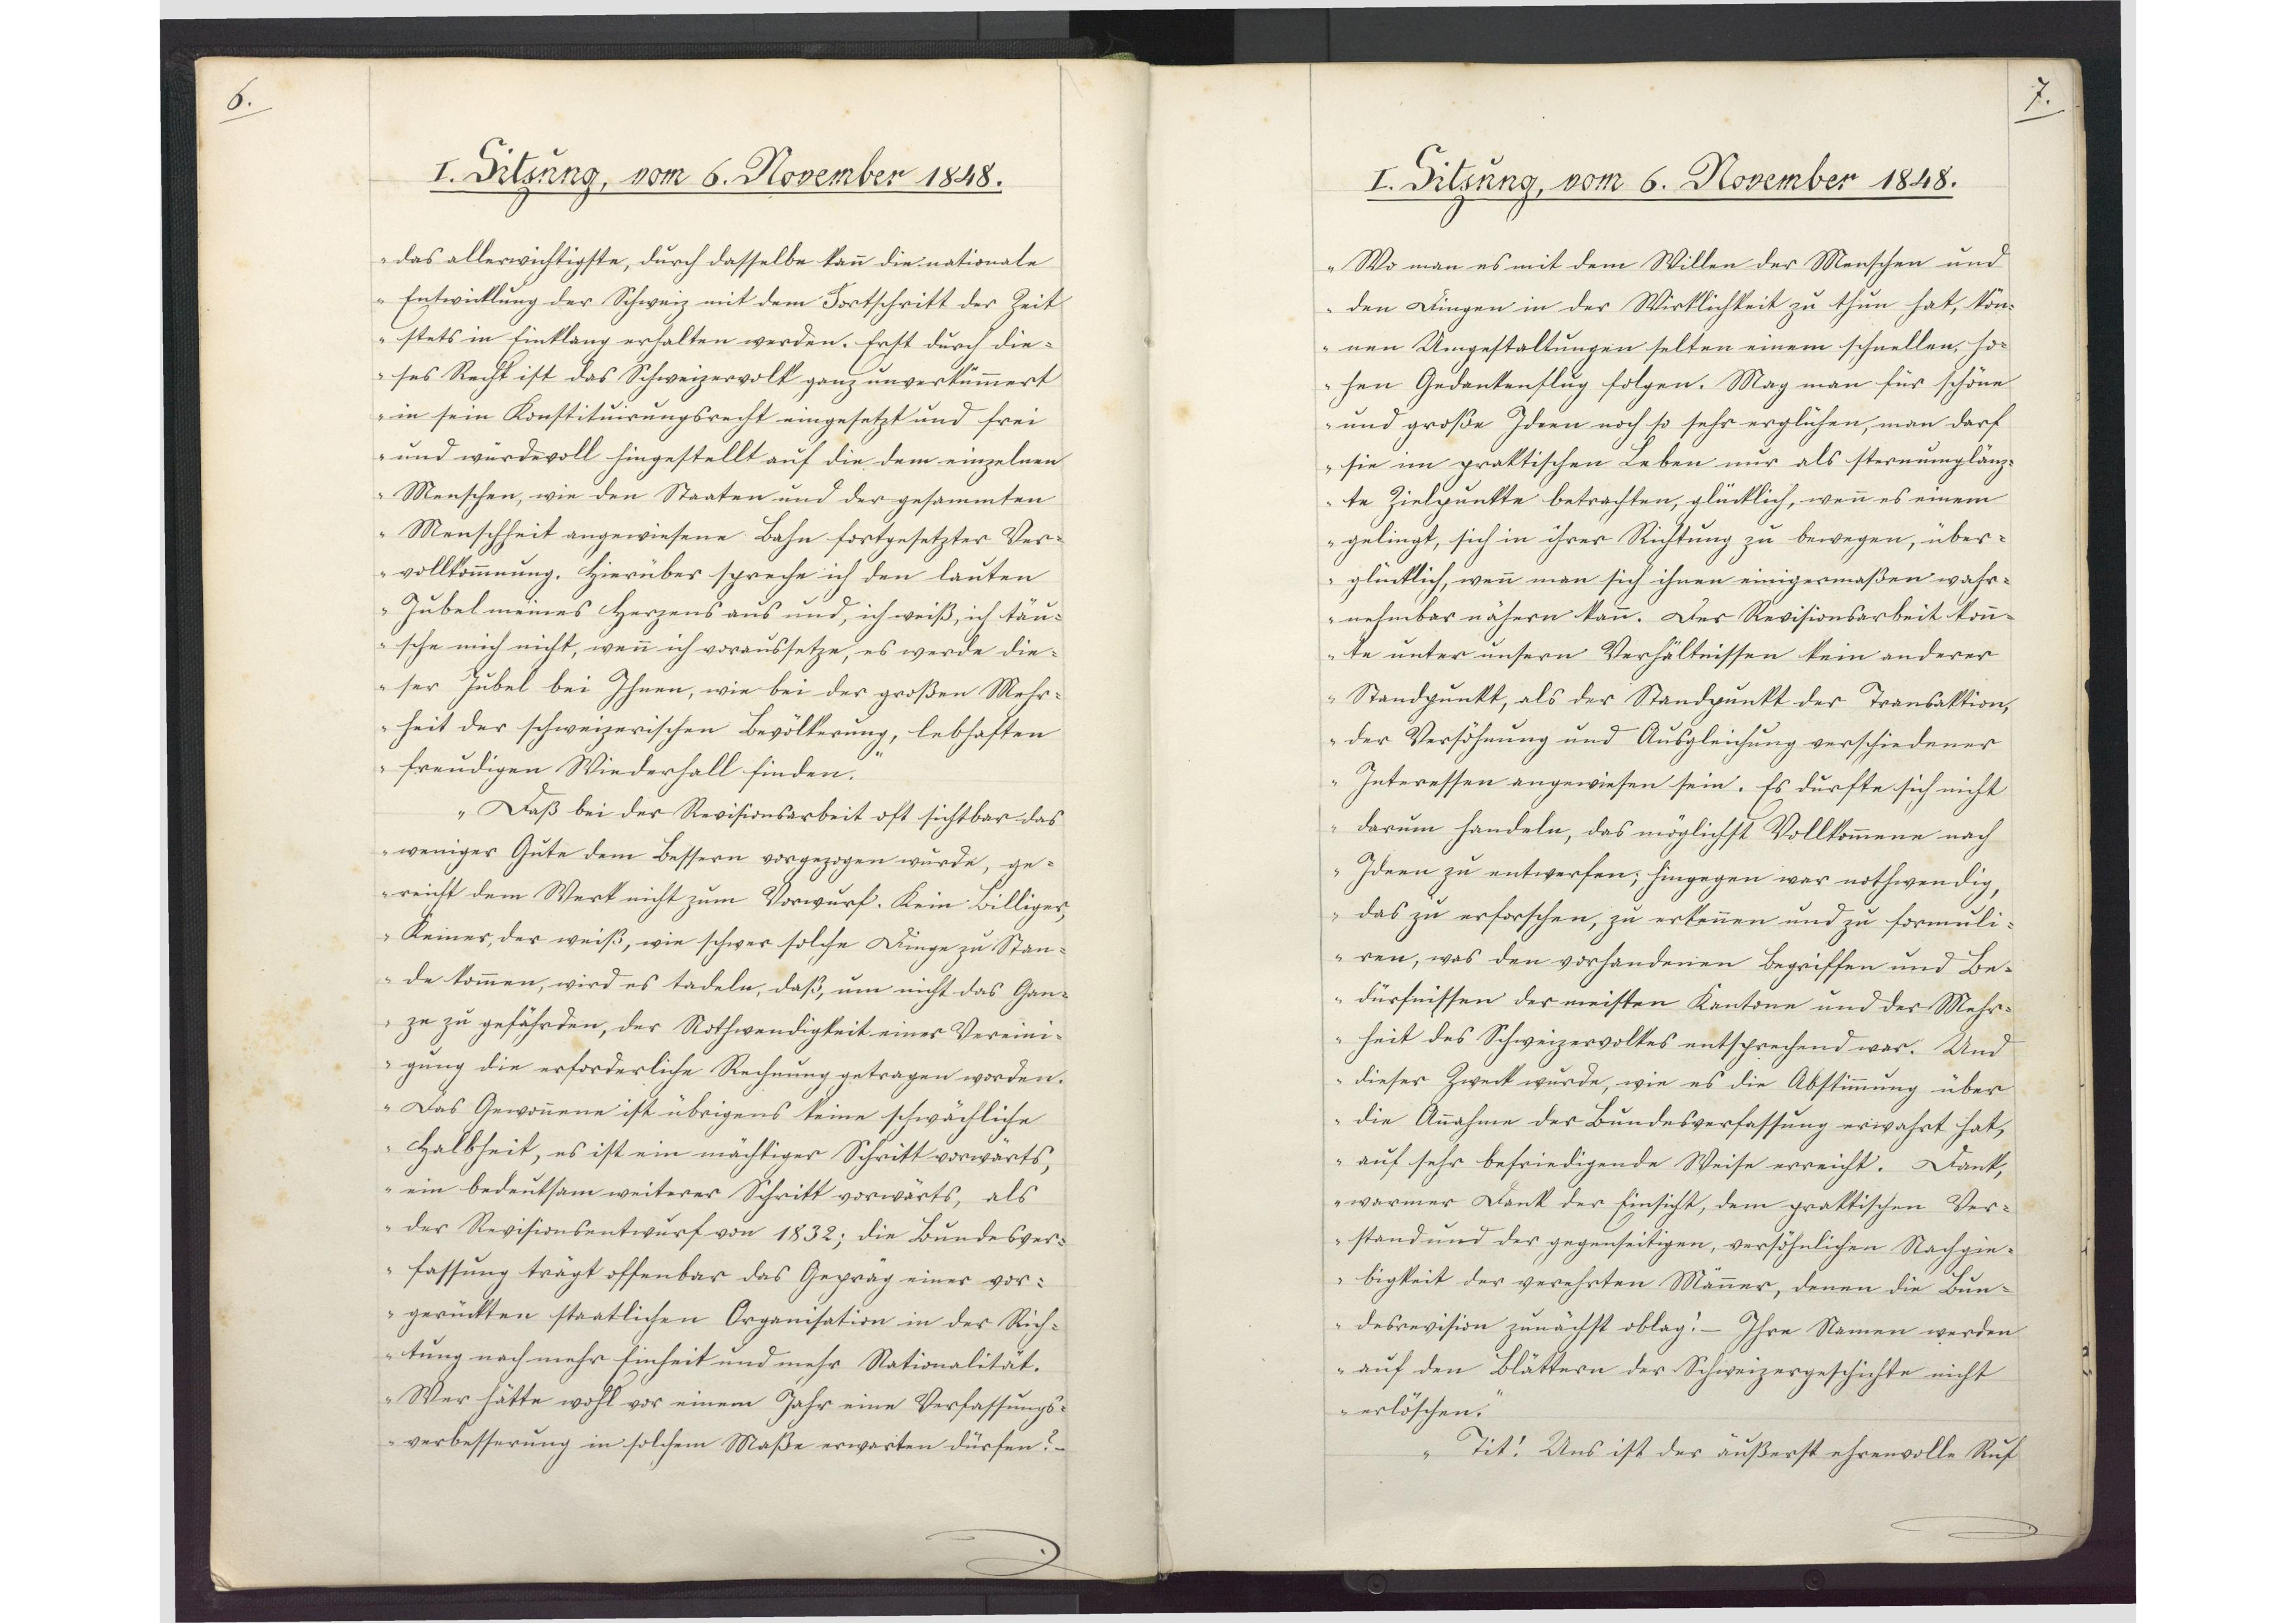
6.

I. Sitzung, vom 6. November 1848.

das allerwichtigste, durch dasselbe kann die nationale
Entwicklung der Schweiz mit dem Fortschritt der Zeit
stets in Einklang erhalten werden. Erst durch die¬
ses Recht ist das Schweizervolk ganz unverkümmert
in sein Konstituirungsrecht eingesetzt und frei
und würdevoll hingestellt auf die dem einzelnen
Menschen, wie den Staaten und der gesammten
Menschheit angewiesene Bahn fortgesetzter Ver¬
vollkommnung. Hierüber spreche ich den lauten
Jubel meines Herzens aus und, ich weiß, ich täu¬
sche mich nicht, wenn ich voraussetze, es werde die¬
ser Jubel bei Ihnen, wie bei der großen Mehr¬
heit der schweizerischen Bevölkerung, lebhaften
freudigen Wiederfall finden.
Daß bei der Revisionsarbeit oft sichtbar das
weniger Gute dem Bessern vorgezogen wurde, ge¬
reicht dem Werk nicht zum Vorwurf. Kein Billiges,
Keiner, der weiß, wie schwer solche Dinge zu Stan¬
de kommen, wird es tadeln, daß, um nicht das Gan¬
zu zu gefährden, der Nothwendigkeit einer Vereini¬
gung die erforderliche Rechnung getragen worden.
Das Gewonnene ist übrigens keine schwächliche
Halbheit, es ist ein mächtiger Schritt vorwärts,
ein bedeutsam weiterer Schritt vorwärts, als
der Revisionsentwurf von 1832; die Bundesver¬
fassung trägt offenbar das Gepräg einer vor¬
gerückten staatlichen Organisation in der Rich¬
tung nach mehr Einheit und mehr Nationalität.
Wer hätte wohl vor einem Jahr eine Verfassungs¬
verbesserung in solchem Maße erwarten dürfen?

7.

I. Sitzung, vom 5. November 1848.

Wo man es mit dem Willen der Menschen und
den Dingen in der Wirklichkeit zu thun hat, kön¬
nen Umgestaltungen selten einem schnellen, ho¬
hen Gedankenflug folgen. Mag man für schöne
und große Ideen noch so sehr erglühen, man darf
sie im praktischen Leben nur als sternumglänz¬
te Zielpunkte betrachten, glücklich, wenn es einem
gelingt, sich in ihrer Richtung zu bewegen, über¬
glücklich, wenn man sich ihnen einigermaßen wahr¬
nehmbar nähern kann. Der Revisionsarbeit könn¬
te unter unsern Verhältnissen kein anderer
Standpunkt, als der Standpunkt der Transaktion,
der Versöhnung und Ausgleichung verschiedener
Interessen angewiesen sein. Es dürfte sich nicht
darum handeln, das möglichst Vollkommene nach
Ideen zu entwerfen; hingegen war nothwendig,
das zu erforschen, zu erkennen und zu formuli¬
ren, was den vorhandenen Begriffen und Be¬
dürfnissen der meisten Kantone und der Mehr¬
heit des Schweizervolkes entsprechend war. Und
dieser Zweck wurde, wie es die Abstimmung über
die Annahme der Bundesverfassung erwahrt hat,
auf sehr befriedigende Weise erreicht. Dank,
warmer Dank der Einsicht, dem praktischen Ver¬
stand und der gegenseitigen, versöhnlichen Nachgie¬
bigkeit der verehrten Männer, denen die Bun¬
desrevision zunächst oblag! - Ihre Namen werden
auf den Blättern der Schweizergeschichte nicht
erlöschen.
Tit! Uns ist der äußerst ehrenvolle Ruf